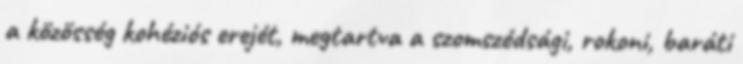
a közösség kohéziós erejét, megtartva a szomszédsági, rokoni, baráti